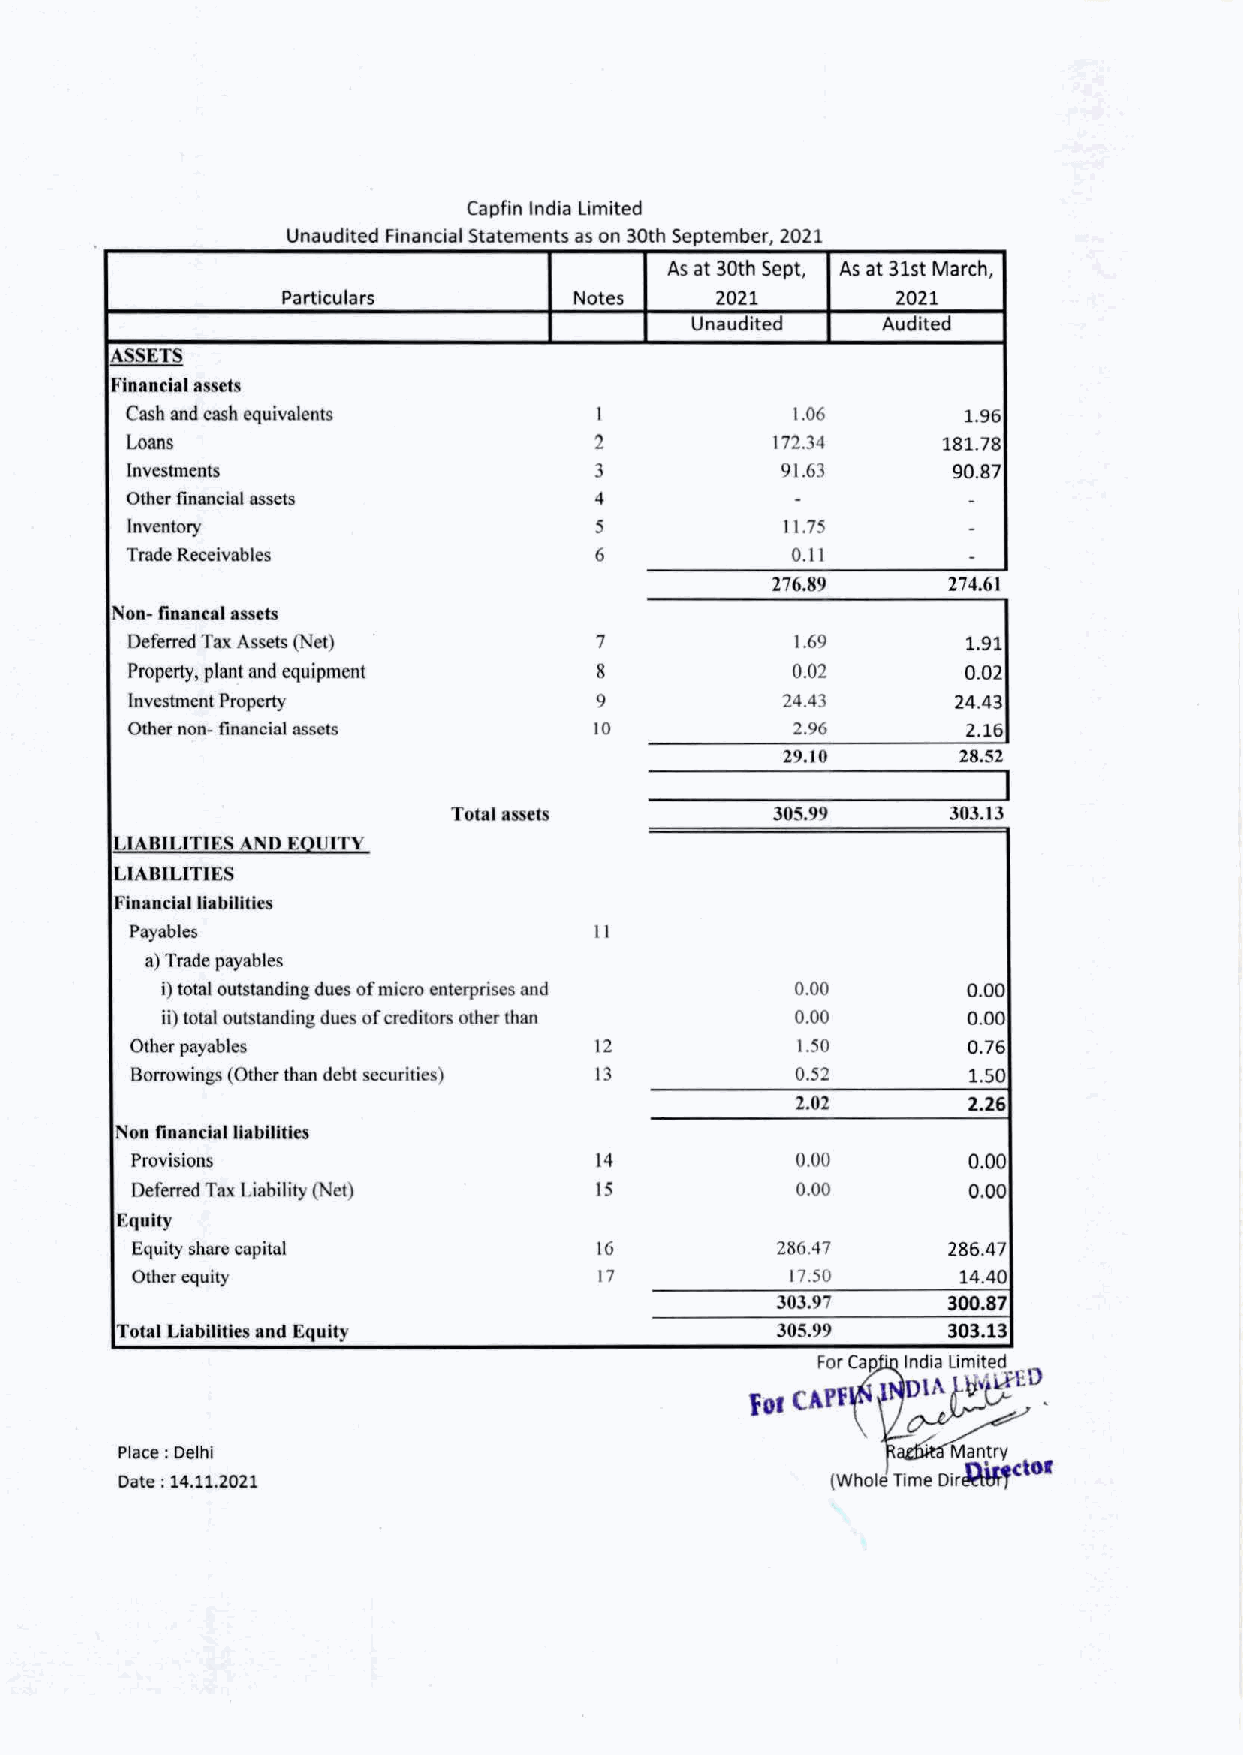
Capfin India Limited
 Unaudited Financial Statements as on 30th September, 2021
 As at 30th Sept, As at 31st March,
 Particulars        Notes     2021        2021
 Unaudited    Audited
 ASSETS
 Financial assets
 Cash and cash equivalents      I            1.06       1.96
 Loans                          2           172.34     181.78
 Investments                    3           91.63      90.87
 Other financial assets         4            -          -
 Inventory                      5           11.75       -
 Trade Receivables              6            0.11        -
 276.89      274.61
 Non-financal assets
 Deferred Tax Assets (Net)      7            1.69       1.91
 Property, plant and equipment  8            0.02       0.02
 Investment Property            9           24.43       24.43
 Other non-financial assets     10           2.96       2.16
 29.10       28.52
 Total assets          305.99     303.13
 LIABILITIES AND EQUITY
 LIABILITIES
 Financial liabilities
 Payables                       II
 a) Trade payables
 i) total outstanding dues of micro enterprises and 0.00 0.00
 ii) total outstanding due of creditors other than 0.00 0.00
 Other payables                 12           1.50       0.76
 Borrowings (Other than debt securities) 13  0.52        1.50
 2.02       2.26
 Non financial liabilities
 Provisions                     14           0.00       0.00
 Deferred Tax Liability (Net)   15           0.00       0.00
 Equity
 Equity share capital           16          286.47     286.47
 Other equity                   17           17.50      14.40
 303.97     300.87
 Total Liabilities and Equity                305.99     303.13
 c;;~~~&w_
 Fot
 \~
 Place : Delhi
 Date : 14.11.2021                              (Whole Time Dir~dOI